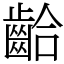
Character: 𪘁